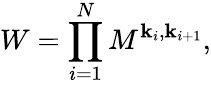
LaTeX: W=\prod_{i=1}^{N}M^{\mathbf{k}_{i},\mathbf{k}_{i+1}},